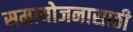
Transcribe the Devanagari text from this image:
समायोजनासाठी